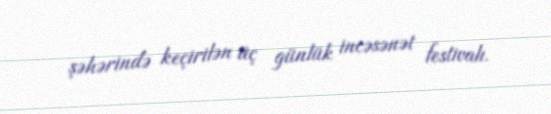
şəhərində keçirilən üç günlük incəsənət festivalı.